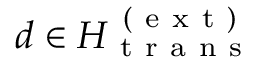
d \in H _ { \mathrm { ~ t ~ r ~ a ~ n ~ s ~ } } ^ { \mathrm { ~ ( ~ e ~ x ~ t ~ ) ~ } }